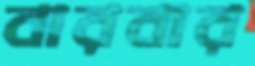
বারবার